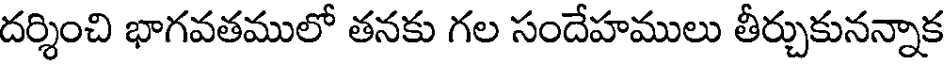
దర్శించి భాగవతములో తనకు గల సందేహములు తీర్చుకునన్నాక